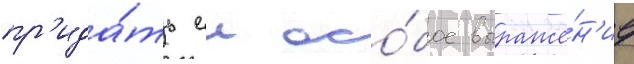
пр'ида́ть еи осо́бое выраже́н'ие